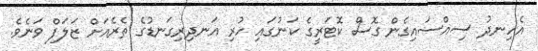
އެހިނދު ސިއްސައިގެން ގޮސް ކޮޓަރީގެ ކަނުގައި ހުރި އަނދިރިގަނޑުގެ ތެރެއަށް ޒަލަފް ވަނެވެ.